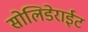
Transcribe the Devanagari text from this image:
सोलिडेराईट